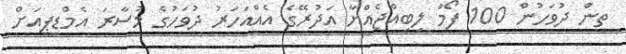
ތިން ދުވަހުން 100 ފޯމް ލިބިއްޖެއްޔާ އަދުރޭގެ އެއްއަހަރު ދުވަހުގެ މުސާރަ އެމްޑީޕީއަށް